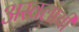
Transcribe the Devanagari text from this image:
अस्वलाची